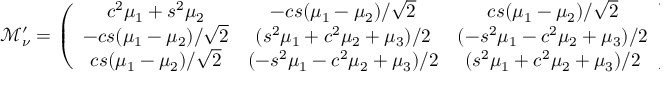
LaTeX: \mathcal { M } _ { \nu } ^ { \prime } = \left( \begin{array} { c c c } { { c ^ { 2 } \mu _ { 1 } + s ^ { 2 } \mu _ { 2 } } } & { { - c s ( \mu _ { 1 } - \mu _ { 2 } ) / \sqrt { 2 } } } & { { c s ( \mu _ { 1 } - \mu _ { 2 } ) / \sqrt { 2 } } } \\ { { - c s ( \mu _ { 1 } - \mu _ { 2 } ) / \sqrt { 2 } } } & { { ( s ^ { 2 } \mu _ { 1 } + c ^ { 2 } \mu _ { 2 } + \mu _ { 3 } ) / 2 } } & { { ( - s ^ { 2 } \mu _ { 1 } - c ^ { 2 } \mu _ { 2 } + \mu _ { 3 } ) / 2 } } \\ { { c s ( \mu _ { 1 } - \mu _ { 2 } ) / \sqrt { 2 } } } & { { ( - s ^ { 2 } \mu _ { 1 } - c ^ { 2 } \mu _ { 2 } + \mu _ { 3 } ) / 2 } } & { { ( s ^ { 2 } \mu _ { 1 } + c ^ { 2 } \mu _ { 2 } + \mu _ { 3 } ) / 2 } } \end{array} \right)